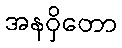
အနဝှိတော